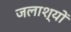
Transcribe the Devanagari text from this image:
जलाश्यों